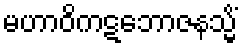
မဟာဝိကဋဘောဇနသ္မိံ